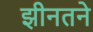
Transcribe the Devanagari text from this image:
झीनतने